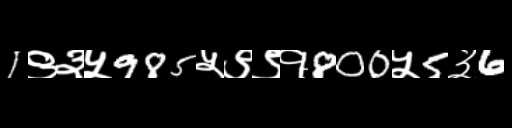
Text: 1९३५985५९९१800५5३6